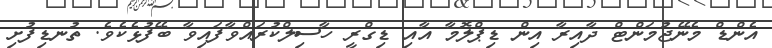
އެންޑް މެނޭޖުމަންޓް ދާއިރާ އިން ޑިޕްލޮމާ އާއި ޑިގްރީ ހާސިލްކުރައްވާފައިވާ ބޭފުޅެކެވެ. ތުނޑިފުށި